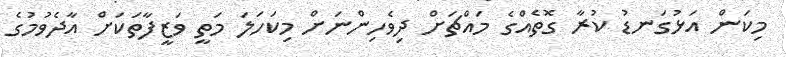
މިކަން އަޅުގަނޑު ކުރާ ގޮތެއްގެ މައްޗަށް ދިވެހިންނަށް މިކަހަލަ މަތީ ވަޒީފާތަކަށް އާދެވުމުގެ